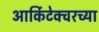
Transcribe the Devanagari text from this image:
आर्किटेक्चरच्या